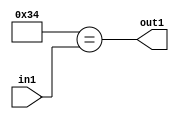
`timescale 1ps / 1ps
/*****************************************************************************
    Verilog RTL Description
    
    
    Created by: Stratus DpOpt 21.05.01 
*******************************************************************************/

module dut_Equal_1U_67_1 (
	in1,
	out1
	); /* architecture "behavioural" */ 
input [5:0] in1;
output  out1;
wire  asc001;

assign asc001 = (11'B00000110100==in1);

assign out1 = asc001;
endmodule

/* CADENCE  urb1Tgo= : u9/ySxbfrwZIxEzHVQQV8Q== ** DO NOT EDIT THIS LINE ******/